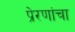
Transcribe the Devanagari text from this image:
प्रेरणांचा